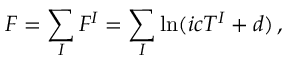
F = \sum _ { I } F ^ { I } = \sum _ { I } \ln ( i c T ^ { I } + d ) \, ,